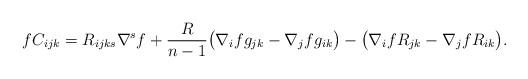
LaTeX: \begin{align*} fC_{ijk}=R_{ijks}\nabla^{s}f + \frac{R}{n-1}\big(\nabla_{i}f g_{jk}-\nabla_{j}f g_{ik}\big)-\big(\nabla_{i}f R_{jk}-\nabla_{j}f R_{ik}\big).\end{align*}